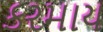
કરમાય